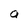
Character: a